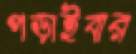
পড়াইবার